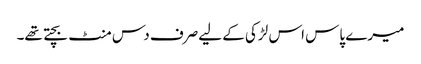
میرے پاس اس لڑکی کے لیےصرف دس منٹ بچتے تھے۔